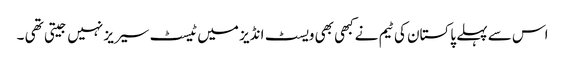
اس سے پہلے پاکستان کی ٹیم نےکبھی بھی ویسٹ انڈیز میں ٹیسٹ سیریز نہیں جیتی تھی ۔